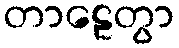
တာဠေတွာ